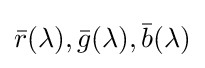
{\bar {r}}(\lambda ),{\bar {g}}(\lambda ),{\bar {b}}(\lambda )